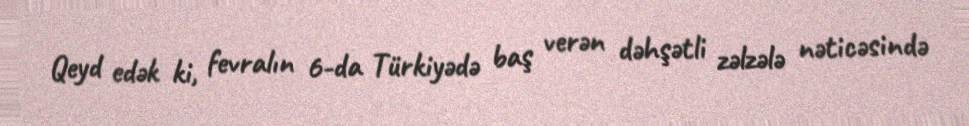
Qeyd edək ki, fevralın 6-da Türkiyədə baş verən dəhşətli zəlzələ nəticəsində